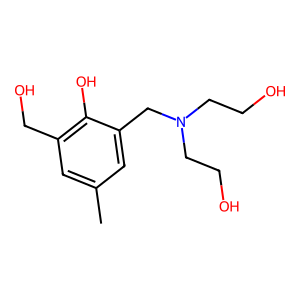
SMILES: Cc1cc(CO)c(O)c(CN(CCO)CCO)c1
Inhibits HIV replication: No